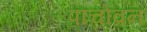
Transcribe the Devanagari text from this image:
पांचोव्रन